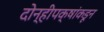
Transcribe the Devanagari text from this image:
दोन्हीपक्षांकडून